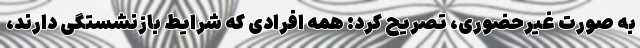
به صورت غیرحضوری، تصریح کرد: همه افرادی که شرایط بازنشستگی دارند،